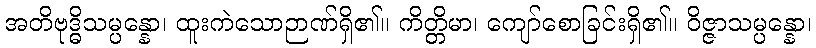
အတိဗုဒ္ဓိသမ္ပန္နော၊ ထူးကဲသောဉာဏ်ရှိ၏။ ကိတ္တိမာ၊ ကျော်စောခြင်းရှိ၏။ ဝိဇ္ဇာသမ္ပန္နော၊